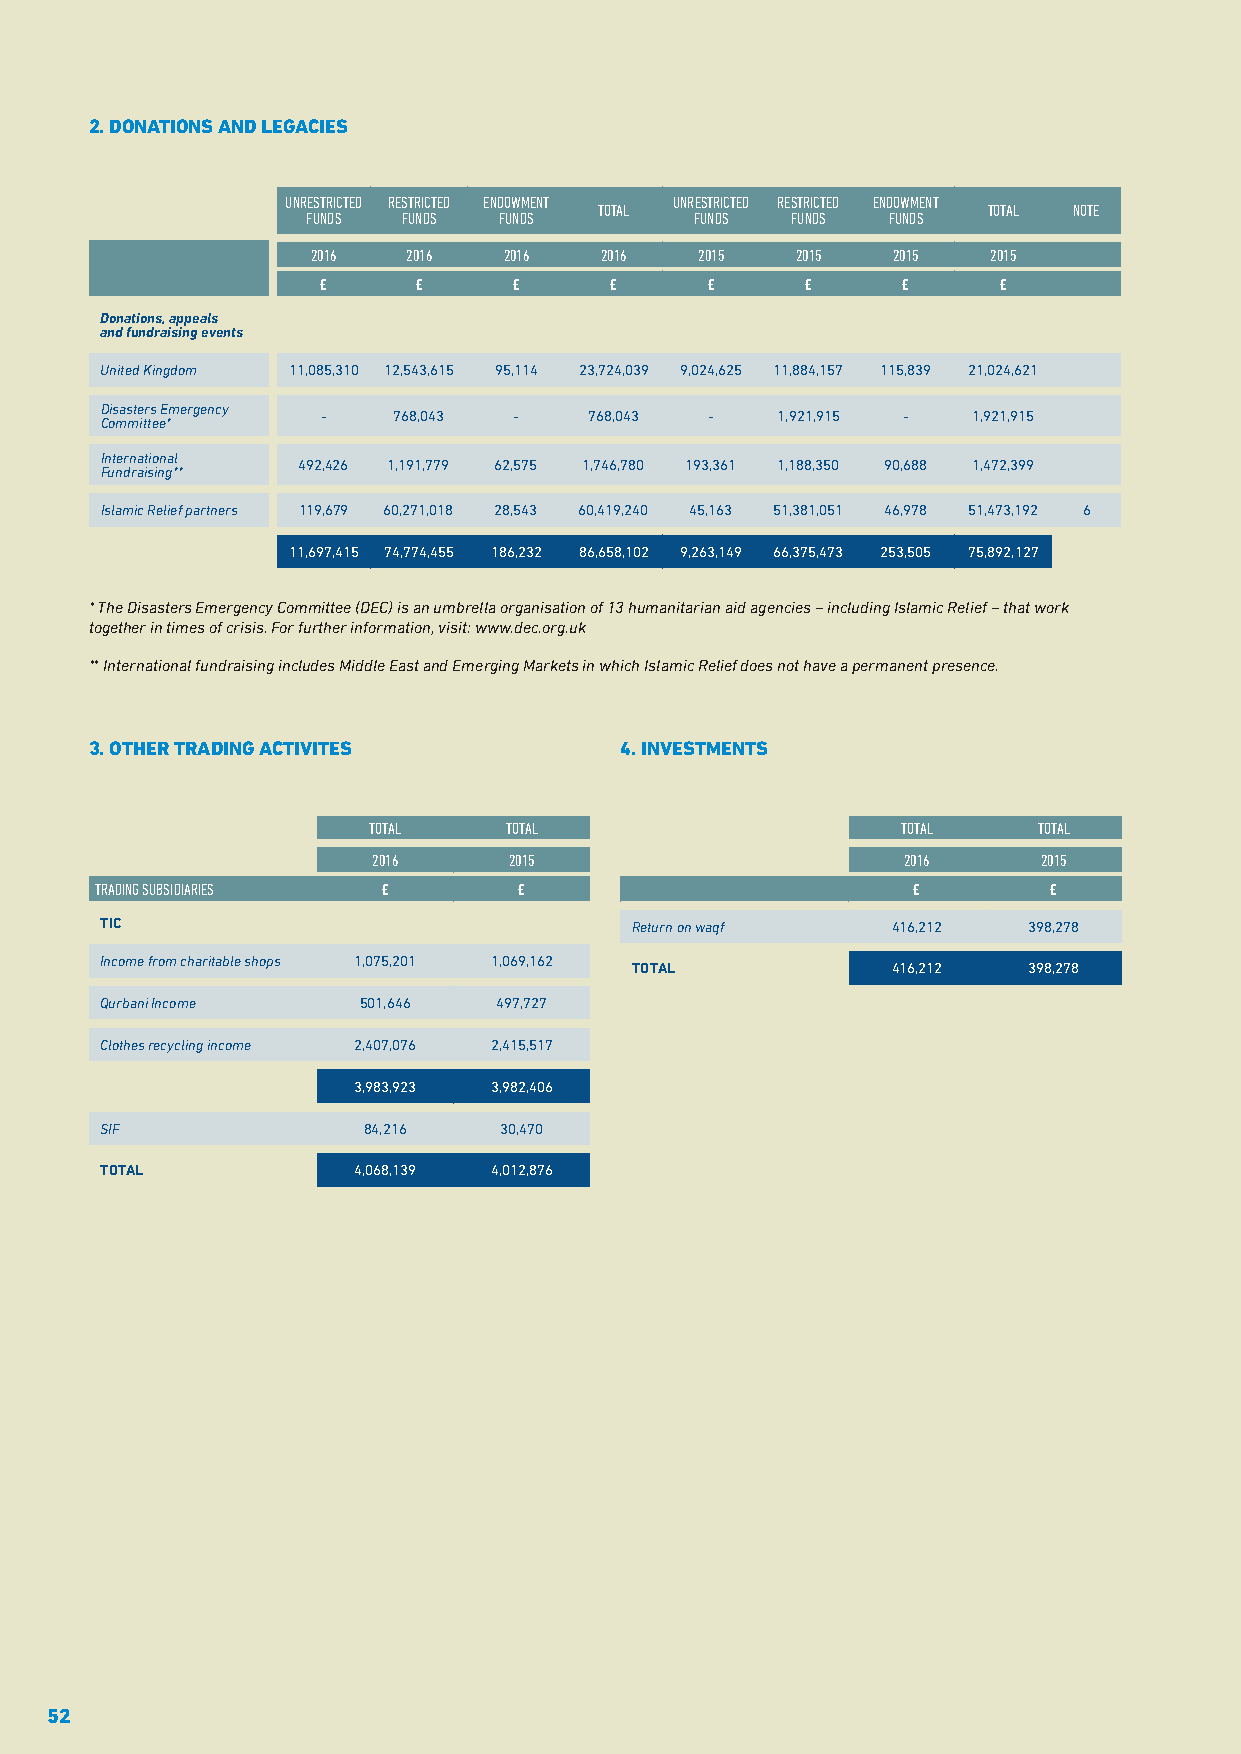
2. DONATIONS AND LEGACIES
 UNRESTRICTED RESTRICTED ENDOWMENT UNRESTRICTED RESTRICTED ENDOWMENT
 TOTAL                    TOTAL NOTE
 FUNDS  FUNDS FUNDS        FUNDS FUNDS  FUNDS
 2016  2016  2016   2016  2015   2015  2015   2015
 £      £     £     £      £     £      £     £
 Donations, appeals
 and fundraising events
 United Kingdom 11,085,310 12,543,615 95,114 23,724,039 9,024,625 11,884,157 115,839 21,024,621
 Disasters Emergency
 -    768,043 -    768,043 -   1,921,915 -  1,921,915
 Committee*
 International
 492,426 1,191,779 62,575 1,746,780 193,361 1,188,350 90,688 1,472,399
 Fundraising**
 Islamic Relief partners 119,679 60,271,018 28,543 60,419,240 45,163 51,381,051 46,978 51,473,192 6
 11,697,415 74,774,455 186,232 86,658,102 9,263,149 66,375,473 253,505 75,892,127
 * The Disasters Emergency Committee (DEC) is an umbrella organisation of 13 humanitarian aid agencies – including Islamic Relief – that work
 together in times of crisis. For further information, visit: www.dec.org.uk
 ** International fundraising includes Middle East and Emerging Markets in which Islamic Relief does not have a permanent presence.
 3. OTHER TRADING ACTIVITES         4. INVESTMENTS
 TOTAL    TOTAL                      TOTAL    TOTAL
 2016     2015                      2016     2015
 TRADING SUBSIDIARIES £      £                         £        £
 TIC                                Return on waqf   416,212  398,278
 Income from charitable shops 1,075,201 1,069,162
 TOTAL            416,212  398,278
 Qurbani Income   501,646  497,727
 Clothes recycling income 2,407,076 2,415,517
 3,983,923 3,982,406
 SIF              84,216   30,470
 TOTAL           4,068,139 4,012,876
 52